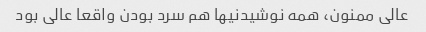
عالی ممنون، همه نوشیدنیها هم سرد بودن واقعا عالی بود